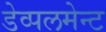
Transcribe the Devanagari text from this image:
डेव्पलमेन्ट